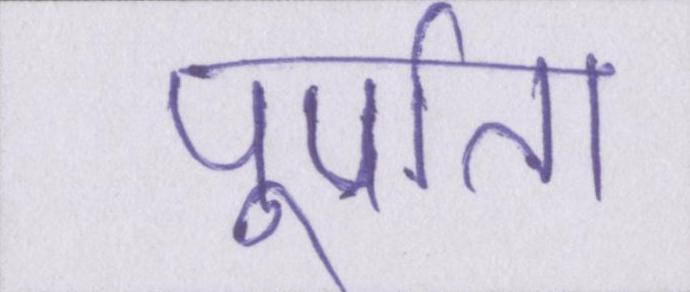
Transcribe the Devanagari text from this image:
पूर्णता